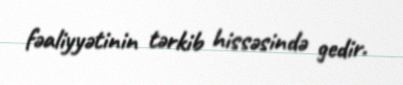
fəaliyyətinin tərkib hissəsində gedir.